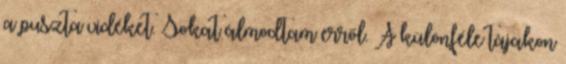
a puszta vidéket. Sokat álmodtam erről. A különféle tájakon